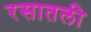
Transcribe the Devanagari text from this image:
रसातली